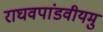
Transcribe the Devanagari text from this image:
राघवपांडवीयमु